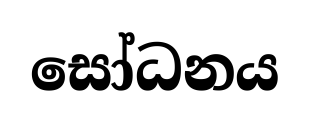
සෝධනය